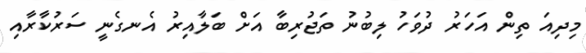
މިދިއަ ތިން އަހަރު ދުވަހު ލިބުނު ތަޖުރިބާ އަށް ބަލާއިރު އެނގެނީ ސަރުކާރާއި